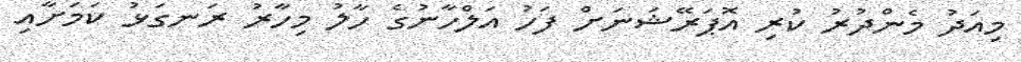
މިއަދު މެންދުރު ކުރި އޮޕަރޭޝަނަށް ފަހު އަލްހާނުގެ ހާލު މިހާރު ރަނގަޅު ކަމަށާއި